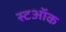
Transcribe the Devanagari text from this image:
स्टऑक